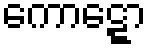
ကောဋ္ဋော